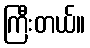
ကြီးတယ်။